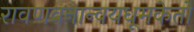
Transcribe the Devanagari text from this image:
रावणवनान्वयधूमकेतो